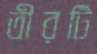
তীরটি